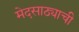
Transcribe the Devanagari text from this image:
मेदसाठ्याची